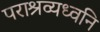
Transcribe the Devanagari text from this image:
पराश्रव्यध्वनि